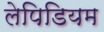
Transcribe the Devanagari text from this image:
लेपिडियम